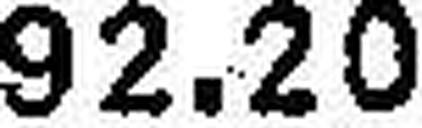
92.20